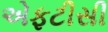
એફટીસી